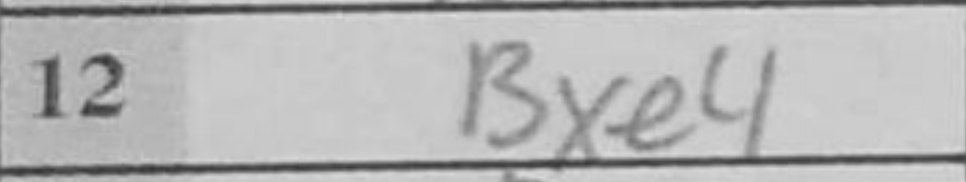
Transcription: Bxe4